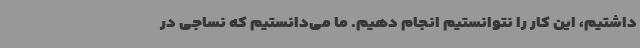
داشتیم، این کار را نتوانستیم انجام دهیم. ما می‌دانستیم که نساجی در